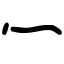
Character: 灬